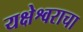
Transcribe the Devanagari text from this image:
यक्षेश्वराचा